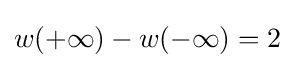
w(+\infty )-w(-\infty )=2